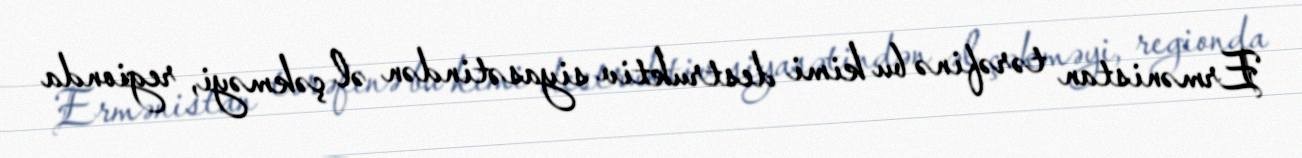
Ermənistan tərəfinə bu kimi destruktiv siyasətindən əl çəkməyi, regionda